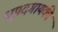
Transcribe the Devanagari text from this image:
धृपदगायकी